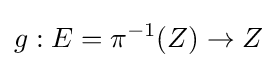
g:E=\pi ^{-1}(Z)\to Z